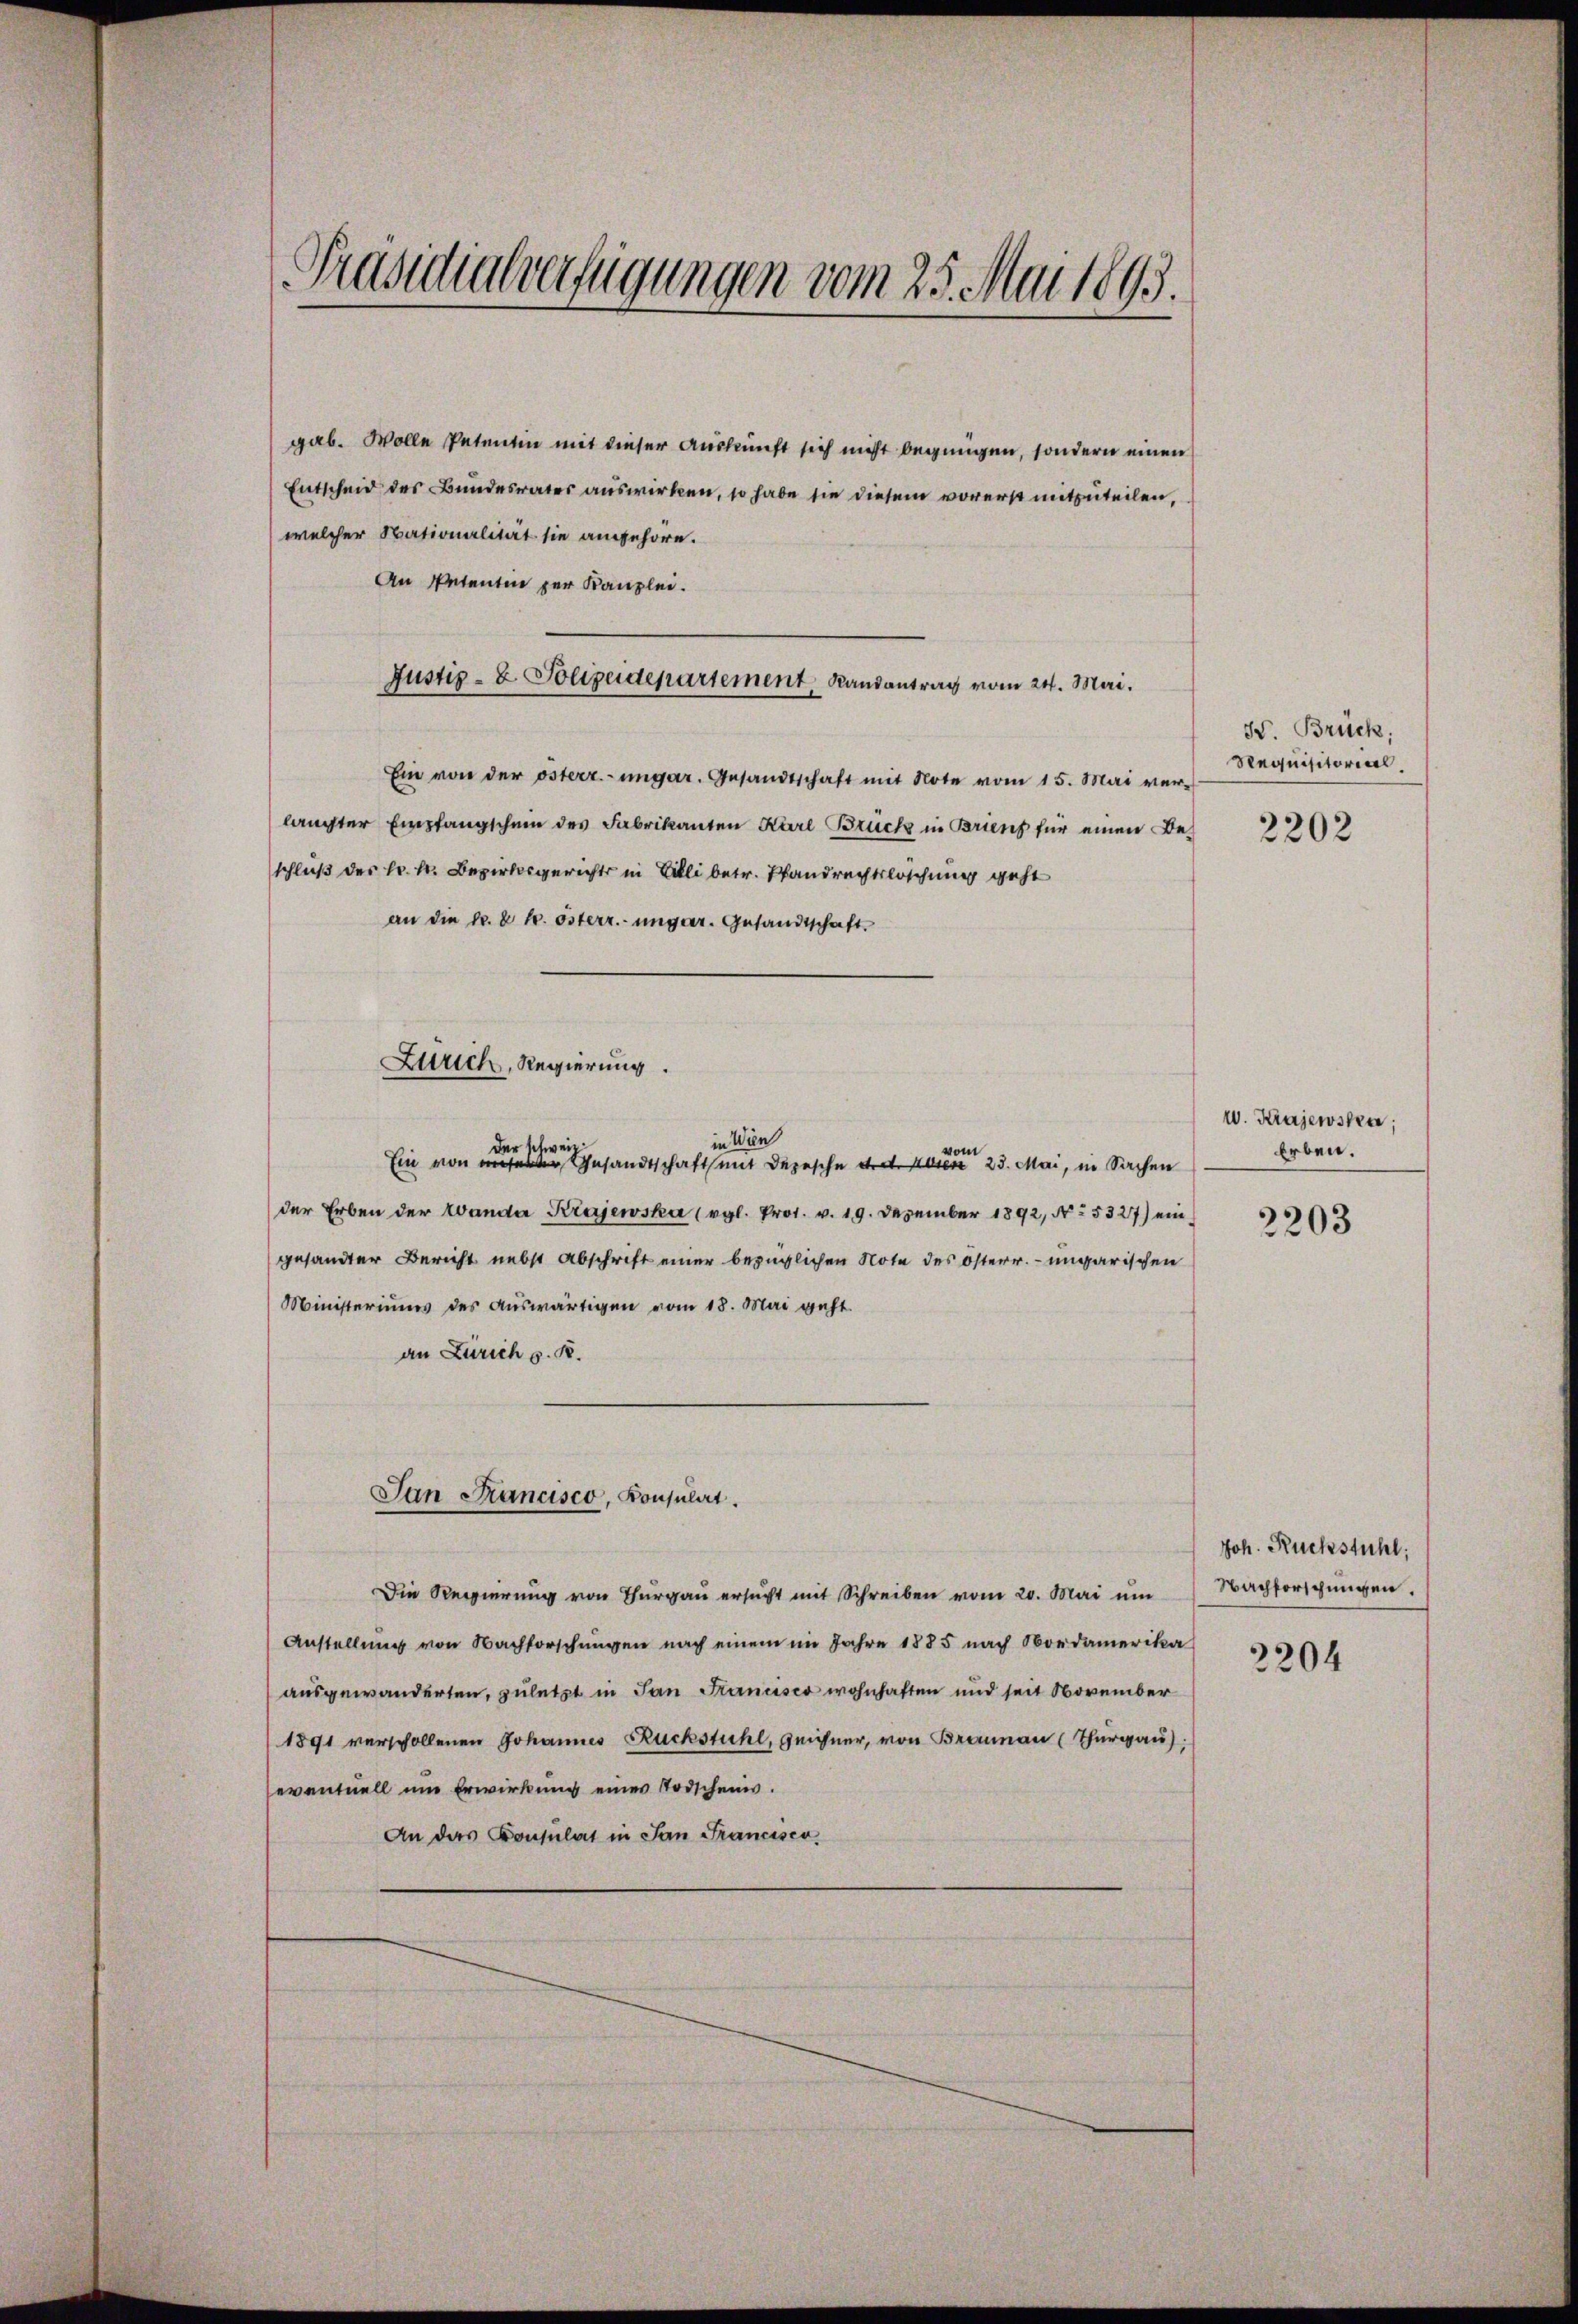
Präsidialverfügungen vom 25. Mai 1893.

gab. Wolle Petentin mit dieser Auskunft sich nicht begnügen, sondern einen
Entscheid des Bundesrates auswirken, so habe sie diesem vorerst mitzuteilen,
welcher Nationalität sie angehöre.
An Petentin zur Kanzlei.
Justiz- & Polizeidepartement, Randantrag vom 24. Mai.
Ein von der österr.-ungar. Gesandtschaft mit Note vom 15. Mai ver-
langter Empfangschein des Fabrikanten Karl Brück in Briens für einen Beschluß des Hr. k. Bezirksgerichts in Billi betr. Pfandrechtsloschung geht
an die Nr. 2 k. österr. ungar. Gesandtschaft.
in Wien
der schweiz.
Ein von unserer Gesandtschaftsamt Depesche der Kaser 23. Mai, in Sachen
der Erben der Landa Krajewska (vgl. Pr. v. 19. Dezember 1892, N. 25327) ein
gesandter Bericht nebst Abschrift einer bezüglichen Note des österr. ungarischen
Ministeriums des Auswärtigen vom 18. Mai geht.
an Zürich z. B.
San Mancisco, Konsulat.
Die Regierung von Thurgau ersucht mit Schreiben vom 20. Mai um
Anstellung von Nachforschungen nach einem im Jahre 1885 nach Nordamerika
ausgewanderten, zuletzt in Jan Kancisco wohnhaften und seit November
1891 verschollenen Johannes Ruckstuhl, Reichner, von Braunau (Thurgau),
eventuell um Erwirkung einer Todscheins.
An das Konsulat in San Francisco,

Zürich, Regierung.

vom

H. Brück,
Requisitorial,

v. Kajewskra
Erben.

2202

Joh. Ruckstuhl,
Nachforschungen.

2204